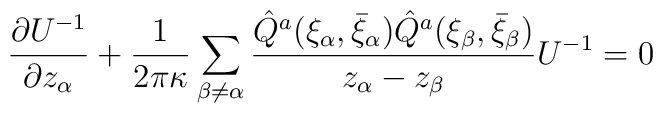
\frac{\partial U^{-1}}{\partial z_\alpha}+\frac{1}{2\pi\kappa}\sum_{\beta\neq \alpha}\frac{\hat Q^a(\xi_\alpha,\bar\xi_\alpha)\hat Q^a(\xi_\beta,\bar\xi_\beta)}{z_\alpha-z_\beta}U^{-1}=0